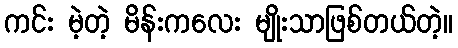
ကင်း မဲ့တဲ့ မိန်းကလေး မျိုးသာဖြစ်တယ်တဲ့။